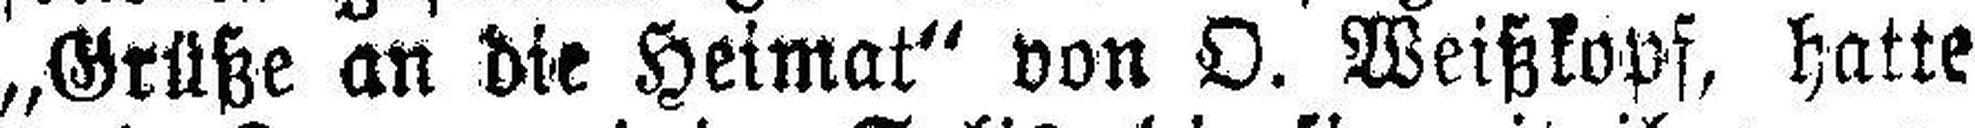
„Grüße an die Heimat“ von O. Weißkopf, hatte